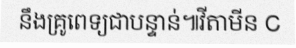
នឹងគ្រូពេទ្យជាបន្ទាន់៕វីតាមីន C